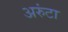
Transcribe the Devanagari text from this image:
अरुंटा